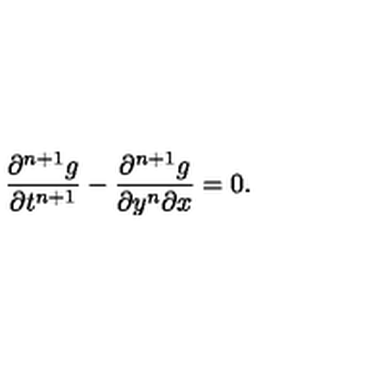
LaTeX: { \frac { \partial ^ { n + 1 } g } { \partial t ^ { n + 1 } } } - { \frac { \partial ^ { n + 1 } g } { \partial y ^ { n } \partial x } } = 0 .